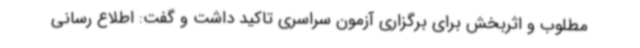
مطلوب و اثربخش برای برگزاری آزمون سراسری تاکید داشت و گفت: اطلاع رسانی